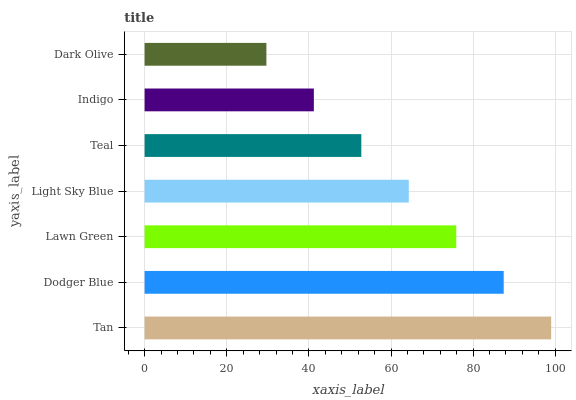
| yaxis_label | bars |
 | --- | --- |
 | Tan | 99 |
 | Dodger Blue | 87.4 |
 | Lawn Green | 75.9 |
 | Light Sky Blue | 64.3 |
 | Teal | 52.8 |
 | Indigo | 41.2 |
 | Dark Olive | 29.7 |